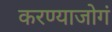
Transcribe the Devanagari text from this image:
करण्याजोगं